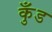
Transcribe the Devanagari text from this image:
कुँड